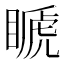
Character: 𥉘